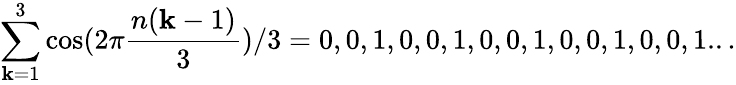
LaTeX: \sum_{\mathbf{k}=1}^{3}\cos(2\pi{\frac{{n(\mathbf{k}-1)}}{{3}}})/3=0,0,1,0,0,1,0,0,1,0,0,1,0,0,1...